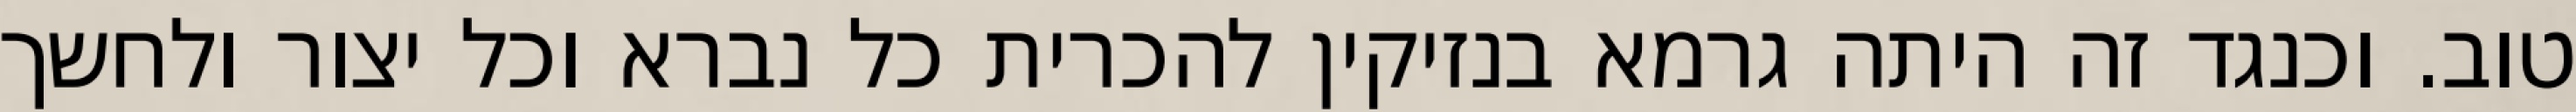
טוב. וכנגד זה היתה גרמא בנזיקין להכרית כל נברא וכל יצור ולחשך